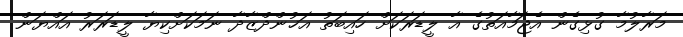
މަރާލުމާ ގުޅިގެން އެޖަމާއަތުގެ އާ ލީޑަރަކަށް ހައިބަތު އަޚުންދްޒާދާ ނަމަކަށްކިޔާ ލީޑަރަރު އައްޔަން